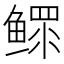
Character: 鳏